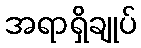
အရာရှိချုပ်